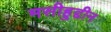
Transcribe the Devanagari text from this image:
मसीहुद्दीन